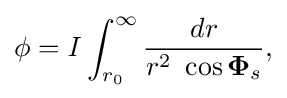
\phi ={\mathit {I}}\int _{r_{0}}^{\infty }{\frac {dr}{r^{2}\ \cos {\boldsymbol {\Phi }}_{s}}},\,\!